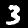
Label: 3